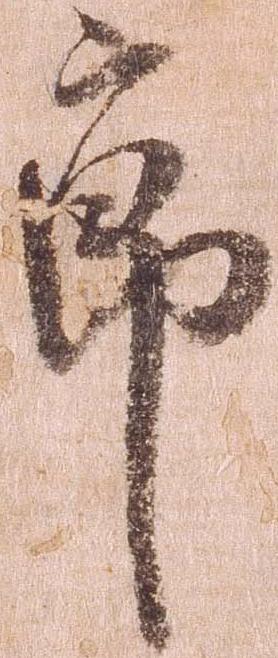
節